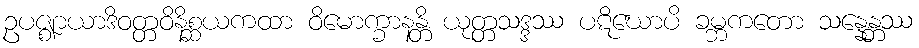
ဥပဇ္ဈာယာဒိဝတ္တဝိနိစ္ဆယကထာ ဝိမောက္ခာနန္တိ ယုတ္တသဒ္ဒဿ ပဋိဃောပိ ခမ္ဘကတော သန္နေန္တဿ